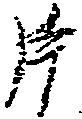
片